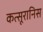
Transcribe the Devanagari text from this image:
कत्सूरानिस